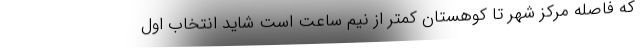
که فاصله مرکز شهر تا کوهستان کمتر از نیم ساعت است شاید انتخاب اول